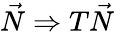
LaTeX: {\vec{N}}\Rightarrow T{\vec{N}}